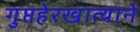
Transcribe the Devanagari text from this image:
गुप्तहेरखात्याने